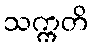
သက္ကတိ